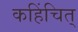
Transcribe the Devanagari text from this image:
कहिंचित्‌